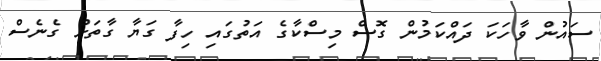
ސައުން ވާހަކަ ދައްކަމުން ގޮސް މިސްކާގެ އަތުގައި ހިފާ ގަޔާ ގާތަށް ގެނެސް